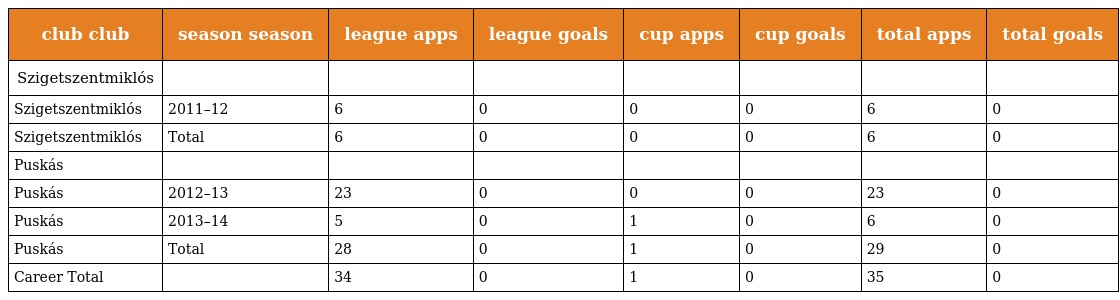
| club club | season season | league apps | league goals | cup apps | cup goals | total apps | total goals |
 | --- | --- | --- | --- | --- | --- | --- | --- |
 | Szigetszentmiklós |  |  |  |  |  |  |  |
 | Szigetszentmiklós | 2011–12 | 6 | 0 | 0 | 0 | 6 | 0 |
 | Szigetszentmiklós | Total | 6 | 0 | 0 | 0 | 6 | 0 |
 | Puskás |  |  |  |  |  |  |  |
 | Puskás | 2012–13 | 23 | 0 | 0 | 0 | 23 | 0 |
 | Puskás | 2013–14 | 5 | 0 | 1 | 0 | 6 | 0 |
 | Puskás | Total | 28 | 0 | 1 | 0 | 29 | 0 |
 | Career Total |  | 34 | 0 | 1 | 0 | 35 | 0 |